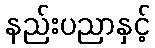
နည်းပညာနှင့်